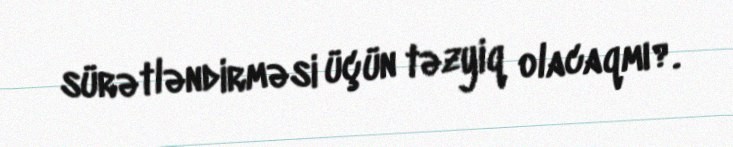
sürətləndirməsi üçün təzyiq olacaqmı?.